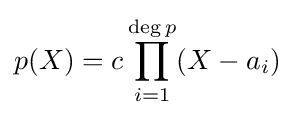
p(X)=c\prod _{i=1}^{\deg p}(X-a_{i})